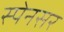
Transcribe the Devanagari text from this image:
स्पेनसर